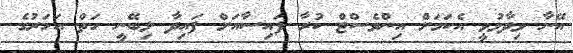
އޭނާ ވިދާޅުވީ އެކަމަށް އިންވެސްޓް ކުރާ ފައިސާއަށް ފައިދާ ލިބޭނީ ހަތް އަހަރުގެ